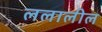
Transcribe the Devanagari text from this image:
ललालील